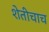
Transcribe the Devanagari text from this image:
शेतीचाच